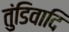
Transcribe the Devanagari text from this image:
तुंडिवादि